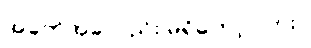
အခက်အခဲလည်း မရှိတော့ပါဘူး။